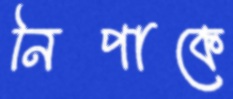
নিপাকে